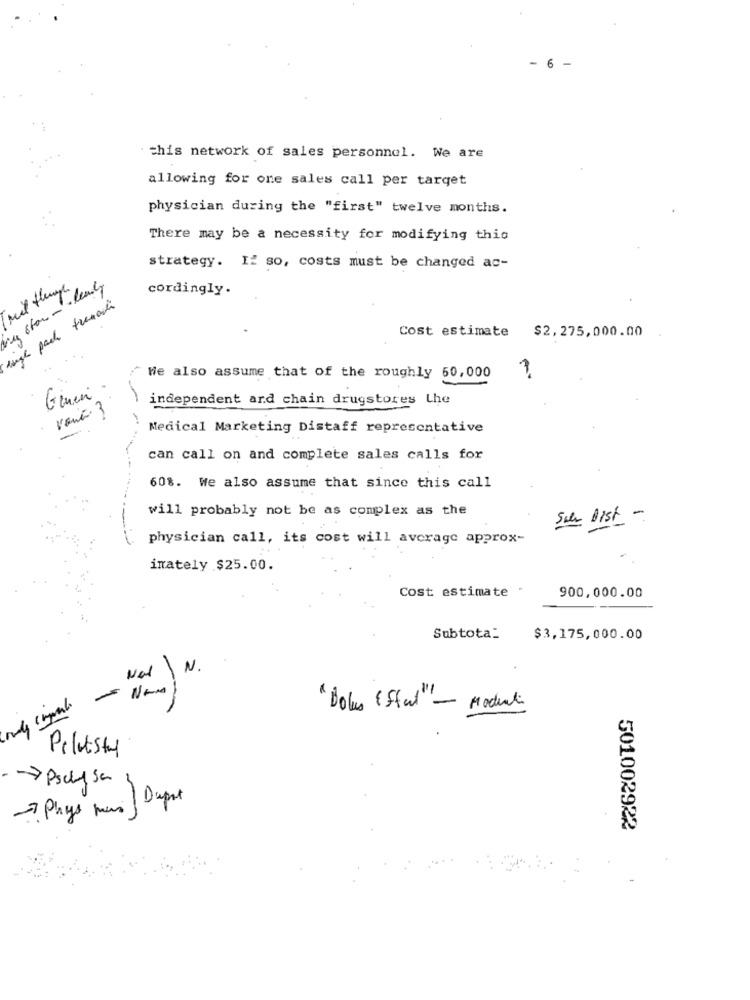
- 6 -
this network of sales personnel. We are
allowing for one sales call per target
physician during the "first" twelve months.
There may be a necessity for modifying this
strategy. If so, costs must be changed ac-
Mil thug
muy stor -. leads
cordingly.
High pack thenach
Cost estimate $2, 275,000.00
We also assume that of the roughly 50,000
Ginin .
independent and chain drugstores Lhe
vont 3
Medical Marketing Distaff representative
can call on and complete sales calls for
608. We also assume that since this call
will probably not be as complex as the
Ser Bist -
physician call, its cost will average approx-
inately $25.00.
Cost estimate
900,000.00
Subtota:
$3,175, 000.00
Not\ N.
- N
" Dolus (Sful" - Modul
Pilotsty
->Pscasa
Dapat
Phys mas
501002922